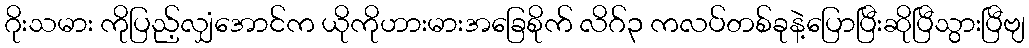
ဂိုးသမား ကိုပြည့်လျှံအောင်က ယိုကိုဟားမားအခြေစိုက် လိဂ်၃ ကလပ်တစ်ခုနဲ့ပြောပြီးဆိုပြီသွားပြီဗျ